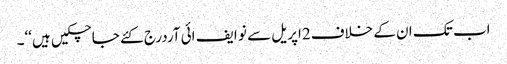
اب تک ان کے خلاف2اپریل سے نو ایف ائی آردرج کئے جاچکیں ہیں‘‘۔